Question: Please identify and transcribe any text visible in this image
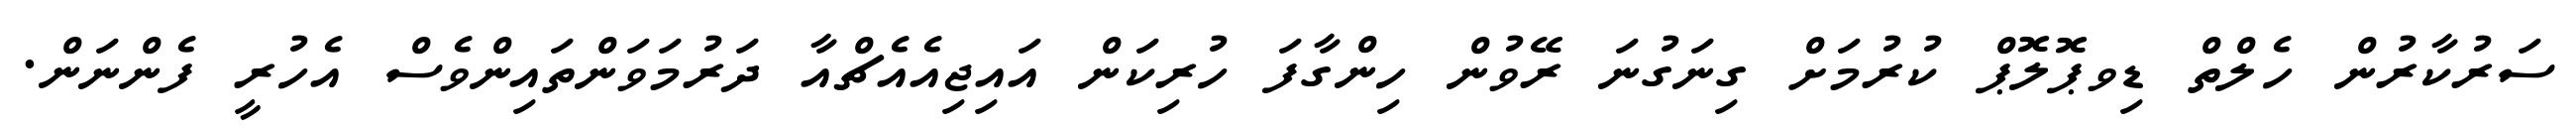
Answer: ސަރުކާރުން ހެލްތް ޑިވޕޮލޮޕް ކުރުމަށް ގިނަގުނަ ރޭވުން ހިންގާފަ ހުރިކަން އައިޖިއެއެޗްއާ ދަރުމަވަންތައިންވެސް އެހުރީ ފެންނަން.